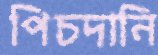
পিচদানি